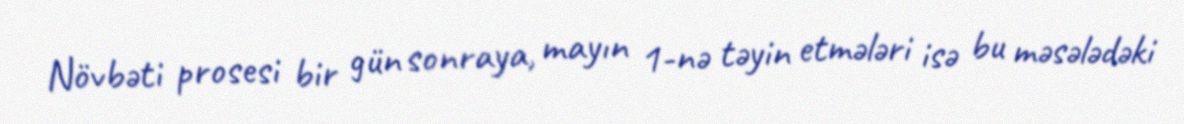
Növbəti prosesi bir gün sonraya, mayın 1-nə təyin etmələri isə bu məsələdəki